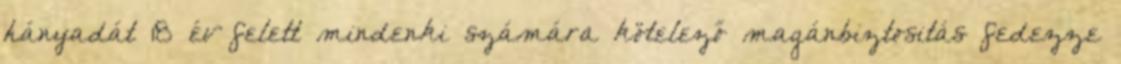
hányadát 18 év felett mindenki számára kötelező magánbiztositás fedezze